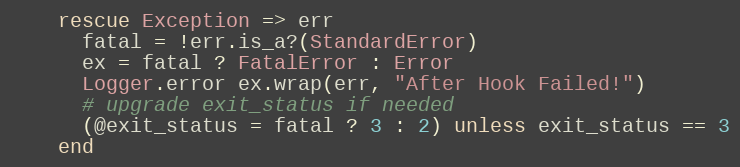
Language: Ruby
    rescue Exception => err
      fatal = !err.is_a?(StandardError)
      ex = fatal ? FatalError : Error
      Logger.error ex.wrap(err, "After Hook Failed!")
      # upgrade exit_status if needed
      (@exit_status = fatal ? 3 : 2) unless exit_status == 3
    end